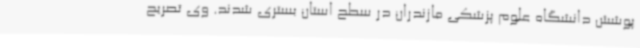
پوشش دانشگاه علوم پزشکی مازندران در سطح استان بستری شدند. وی تصریح